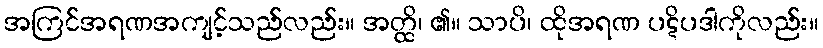
အကြင်အရဏအကျင့်သည်လည်း။ အတ္ထိ၊ ၏။ သာပိ၊ ထိုအရဏ ပဋိပဒါကိုလည်း။